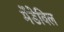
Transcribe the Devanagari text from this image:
मेंडेविल